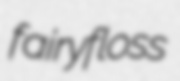
fairyfloss